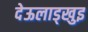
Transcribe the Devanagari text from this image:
देऊलाड्खुइ